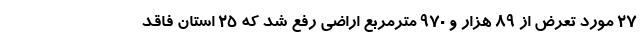
۲۷ مورد تعرض از ۸۹ هزار و ۹۷۰ مترمربع اراضی رفع شد که ۲۵ استان فاقد